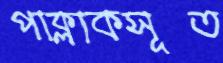
পাক্‌লাকসূত